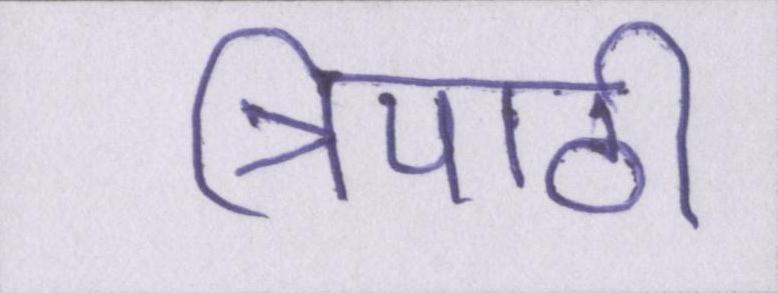
त्रिपाठी